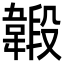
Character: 𩏇